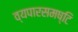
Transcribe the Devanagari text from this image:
व्यपारसमष्टि